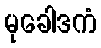
မုခေါဒကံ